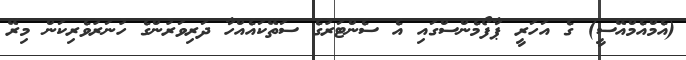
(އެމްއެމްއޭސީ) ގެ އަހަރީ ޕާފޯމެންސްގައި އެ ސެންޓަރުގެ ސަތޭކައެއްހާ ދަރިވަރުންގެ ހުނަރުވެރިކަން މިރޭ